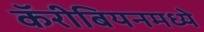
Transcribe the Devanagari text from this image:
कॅरीबियनमध्ये